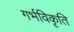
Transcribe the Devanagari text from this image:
गर्भविकृति